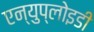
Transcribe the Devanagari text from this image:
एन्युप्लोइडी